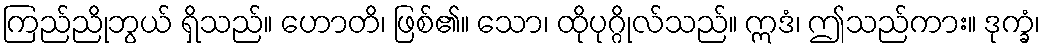
ကြည်ညိုဘွယ် ရှိသည်။ ဟောတိ၊ ဖြစ်၏။ သော၊ ထိုပုဂ္ဂိုလ်သည်။ ဣဒံ၊ ဤသည်ကား။ ဒုက္ခံ၊